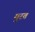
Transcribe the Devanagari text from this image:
मुरत